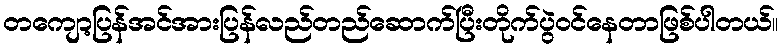
တကျော့ပြန်အင်အားပြန်လည်တည်ဆောက်ပြီးတိုက်ပွဲဝင်နေတာဖြစ်ပါတယ်။